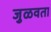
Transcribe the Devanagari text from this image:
जुळवता